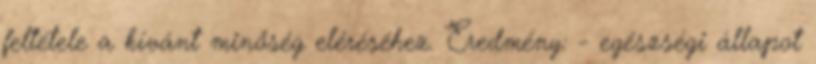
feltétele a kívánt minőség eléréséhez. Eredmény: - egészségi állapot